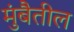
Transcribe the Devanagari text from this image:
मुंबैतील